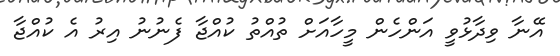
އޭނާ ވިދާޅުވީ އަންހެން މީހާއަށް ތުއްތު ކުއްޖާ ފެނުނު އިރު އެ ކުއްޖާ